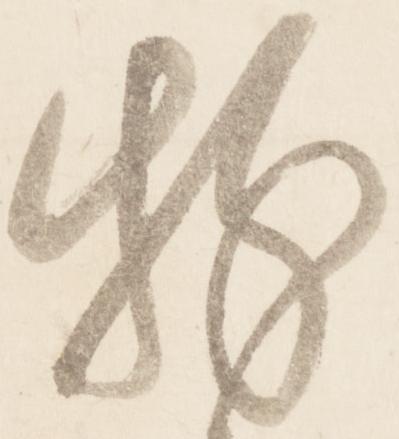
粉